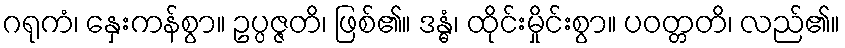
ဂရုကံ၊ နှေးကန်စွာ။ ဥပ္ပဇ္ဇတိ၊ ဖြစ်၏။ ဒန္ဓံ၊ ထိုင်းမှိုင်းစွာ။ ပဝတ္တတိ၊ လည်၏။